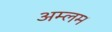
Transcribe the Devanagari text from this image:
अम्लम